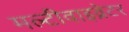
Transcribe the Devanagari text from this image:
मल्टीवाइव्रेटर